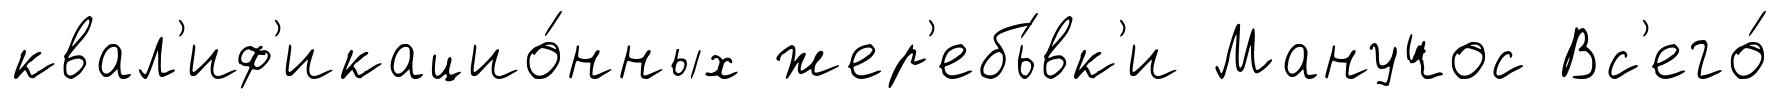
квал'иф'икацио́нных жер'ебь́вк'и Манучос Вс'его́